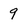
Character: 9